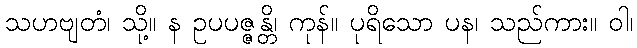
သဟဗျတံ၊ သို့။ န ဥပပဇ္ဇန္တိ၊ ကုန်။ ပုရိသော ပန၊ သည်ကား။ ဝါ၊